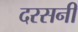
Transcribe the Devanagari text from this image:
दरसनी